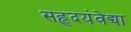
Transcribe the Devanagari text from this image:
सहृदयंवेद्या